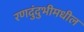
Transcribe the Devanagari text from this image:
रणदुंदुभीमधील